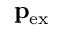
\mathbf { p } _ { \mathrm { e x } }